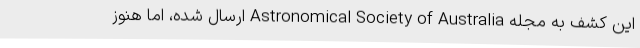
این کشف به مجله Astronomical Society of Australia ارسال شده، اما هنوز